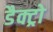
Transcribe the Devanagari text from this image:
डैक्ट्रो